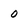
Character: 0